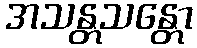
အသန္တသန္တော